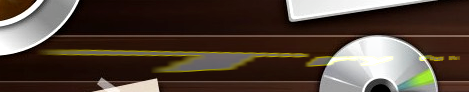
Try Our Pizza